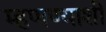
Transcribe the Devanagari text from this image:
म्हणण्याशी